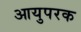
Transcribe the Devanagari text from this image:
आयुपरक